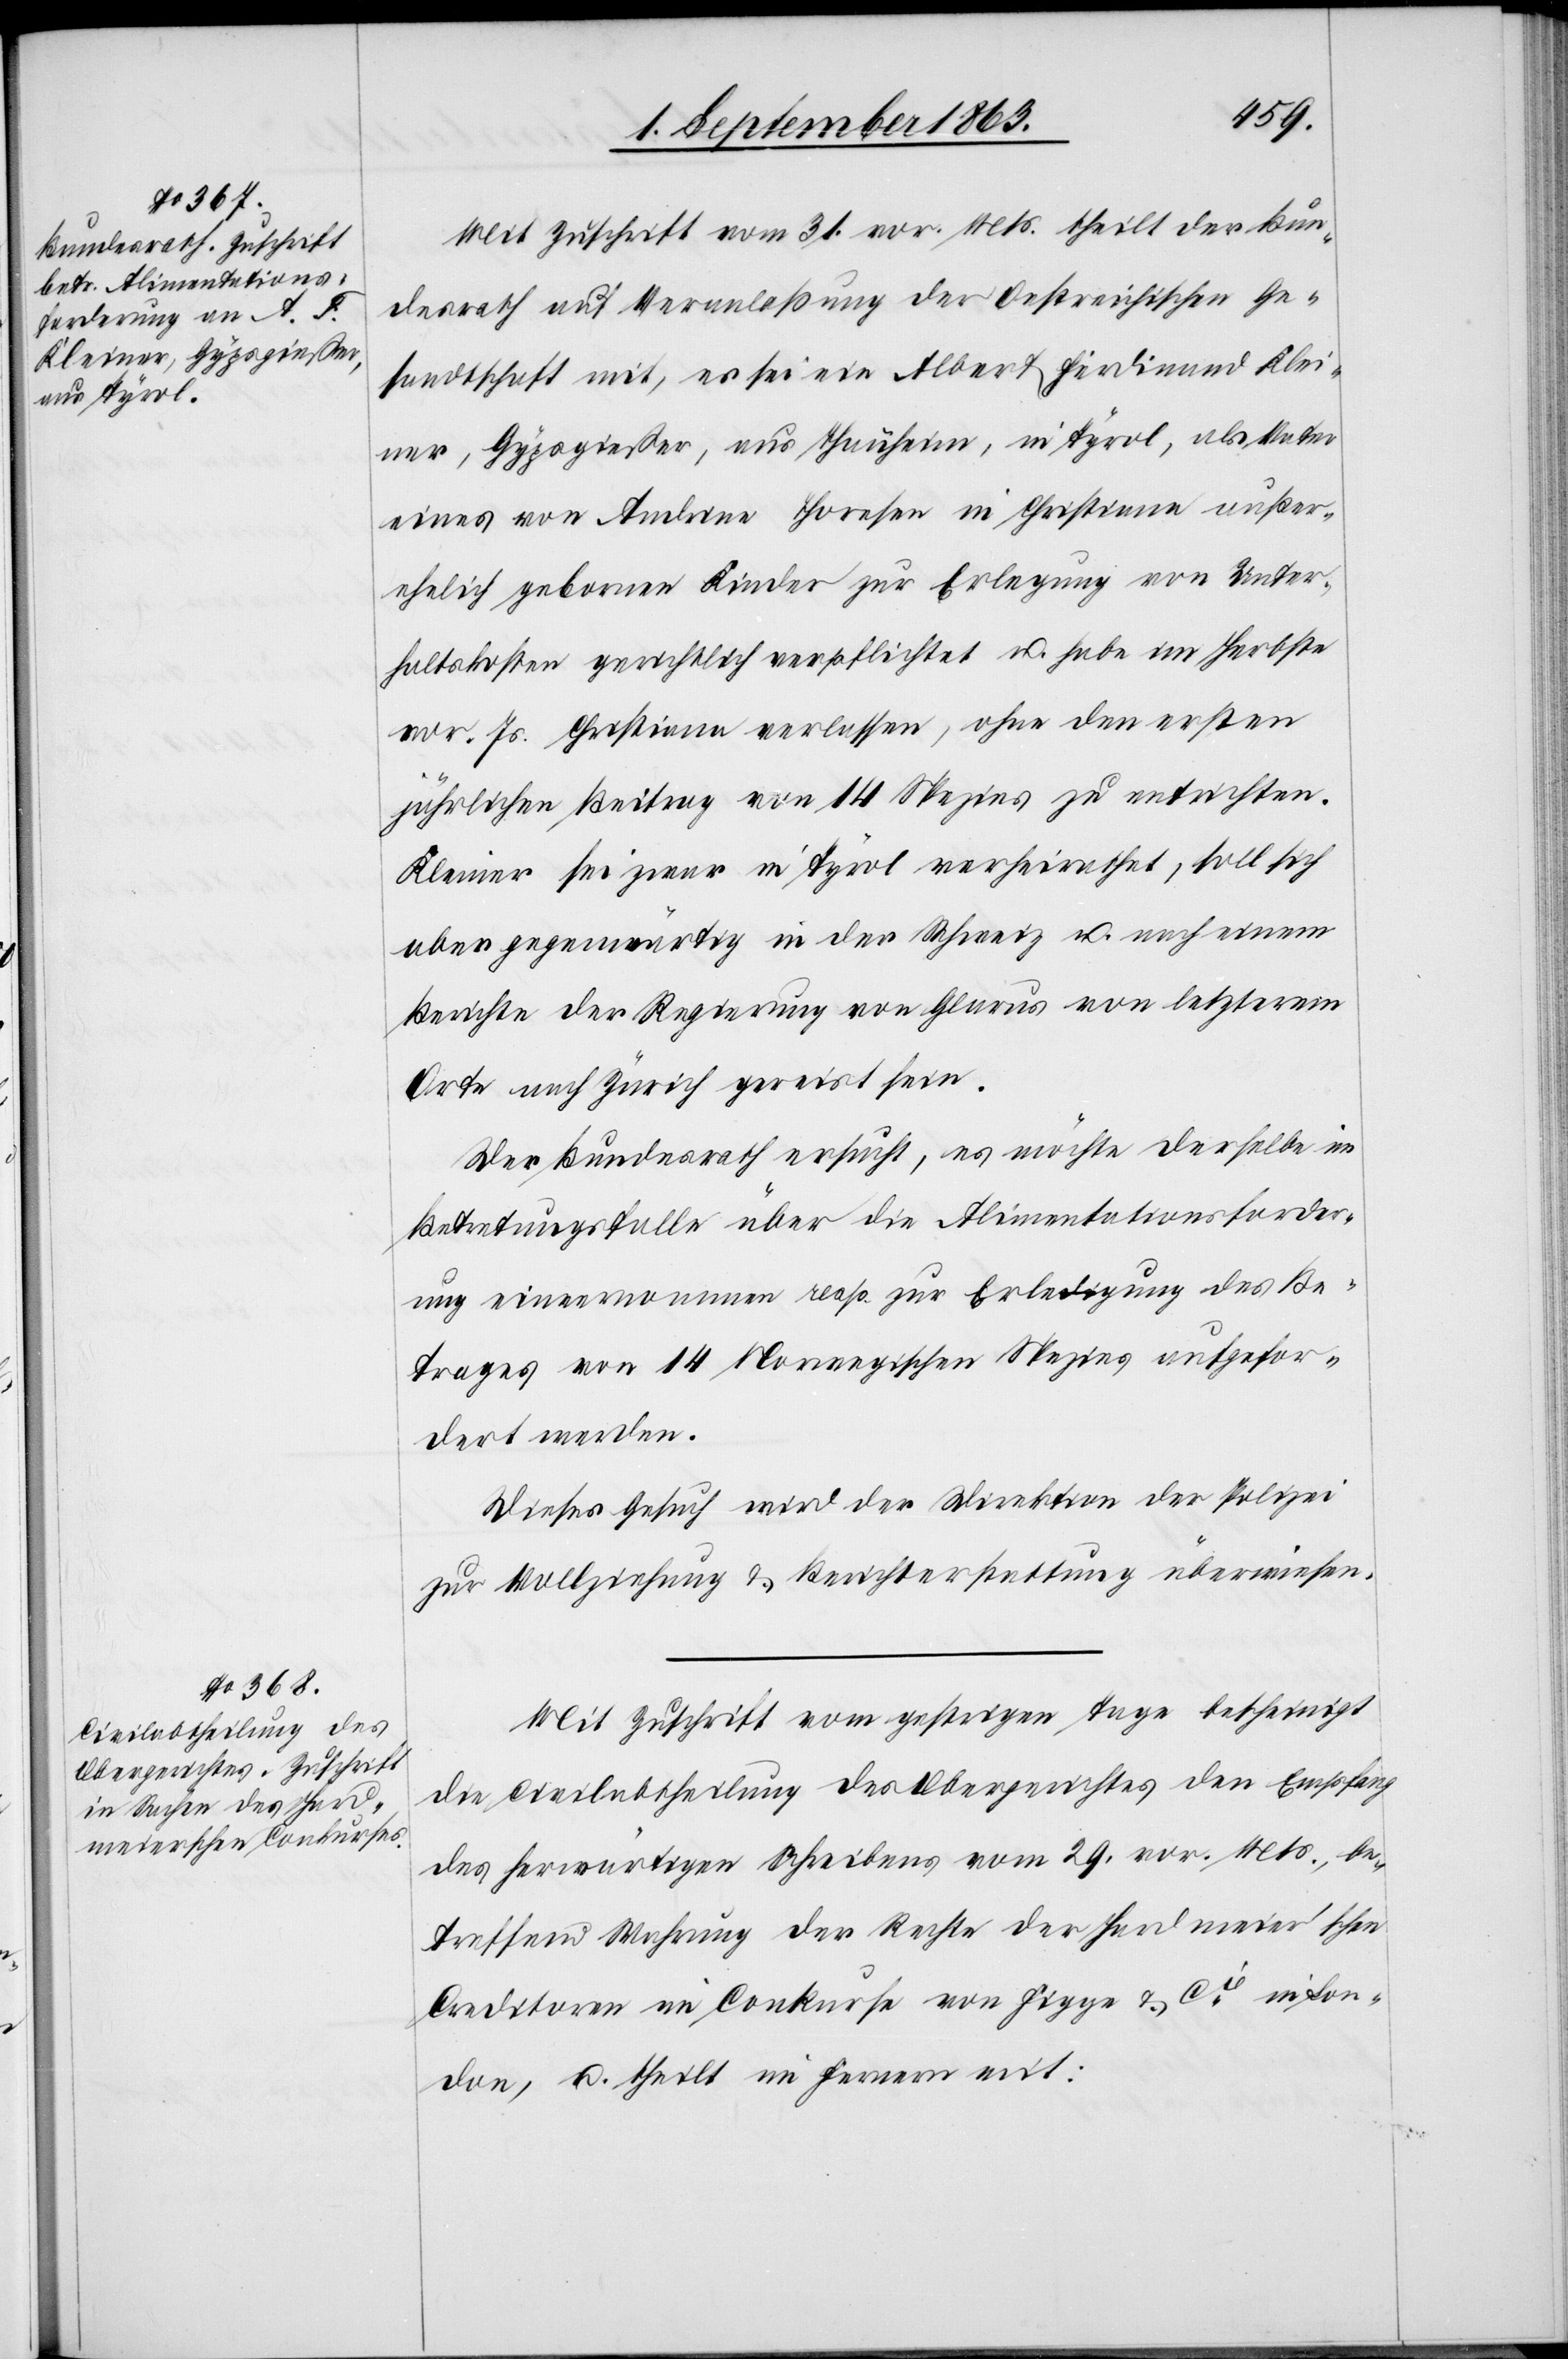
1. September 1863.]
Mit Zuschrift vom 31. vor. Mts. theilt der Bun¬
desrath auf Veranlaßung der Oestreichischen Ge¬
sandtschaft mit, es sei ein Albert Ferdinand Klei¬
ner, Gypsgießer, aus Thannheim, in Tyrol, als Vater
eines von Andrine Thoresen in Christiana außer¬
ehelich gebornen Kindes zur Erlegung von Unter¬
haltskosten gerichtlich verpflichtet u. habe im Herbste
vor. Js. Christiana verlassen, ohne den ersten
jährlichen Beitrag von 14 Spezies zu entrichten.
Kleiner sei zwar in Tyrol verheirathet, soll sich
aber gegenwärtig in der Schweiz u. nach einem
Berichte der Regierung von Glarus von letzterem
Orte nach Zürich gereist sein.
Der Bundesrath ersucht, es möchte derselbe im
Betretungsfalle über die Alimentationsforder¬
ung einvernommen resp. zur Erledigung des Be¬
trages von 14 Norwegischen Spezies aufgefor¬
dert werden.
Dieses Gesuch wird der Direktion der Polizei
zur Vollziehung & Berichterstattung überwiesen.
Mit Zuschrift vom gestrigen Tage bescheinigt
die Civilabtheilung des Obergerichtes den Empfang
des herwärtigen Schreibens vom 29. vor. Mts., be¬
treffend Wahrung der Rechte der Hardmeier'schen
Creditoren im Conkurse von Figge & Cie in Lon¬
don, u. theilt im Fernern mit: